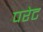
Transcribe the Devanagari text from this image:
परेट